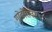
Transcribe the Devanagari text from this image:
गुरेढोरांवरून